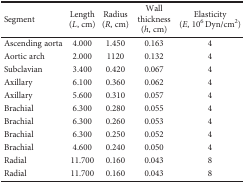
| Segment | Length (L, cm) | Radius (R, cm) | Wall thickness (h, cm) | Elasticity (E, 106 Dyn/cm2) |
 | --- | --- | --- | --- | --- |
 | Ascending aorta | 4.000 | 1.450 | 0.163 | 4 |
 | Aortic arch | 2.000 | 1120 | 0.132 | 4 |
 | Subclavian | 3.400 | 0.420 | 0.067 | 4 |
 | Axillary | 6.100 | 0.360 | 0.062 | 4 |
 | Axillary | 5.600 | 0.310 | 0.057 | 4 |
 | Brachial | 6.300 | 0.280 | 0.055 | 4 |
 | Brachial | 6.300 | 0.260 | 0.053 | 4 |
 | Brachial | 6.300 | 0.250 | 0.052 | 4 |
 | Brachial | 4.600 | 0.240 | 0.050 | 4 |
 | Radial | 11.700 | 0.160 | 0.043 | 8 |
 | Radial | 11.700 | 0.160 | 0.043 | 8 |